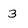
Character: 3